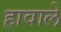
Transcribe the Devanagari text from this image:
हावाले